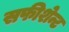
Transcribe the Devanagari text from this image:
सफीशेन्ट